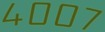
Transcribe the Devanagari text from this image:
४००७